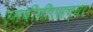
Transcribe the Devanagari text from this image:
एमबीबीएसच्या